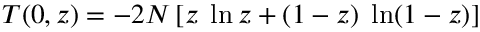
{ \cal T } ( 0 , z ) = - 2 N \left[ z \; \ln z + ( 1 - z ) \; \ln ( 1 - z ) \right]